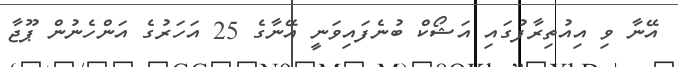
އޭނާ ވި އިއުތިރާފުގައި އަޝޯކް ބުނެފައިވަނީ އޭނާގެ 25 އަހަރުގެ އަންހެނުން ޕޫޖާ